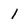
Character: 1